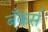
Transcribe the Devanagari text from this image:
बँकर्स